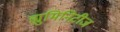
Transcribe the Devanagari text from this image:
ह्युमिनिटीज